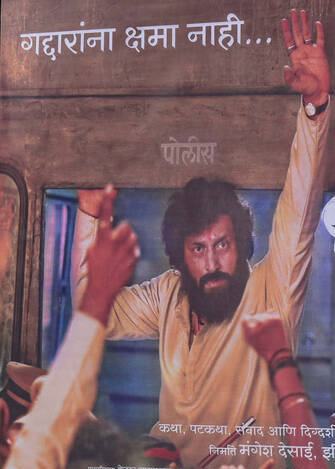
Language: marathi
Transcription: गद्यरांना पटकथा नाही... मंगेश आणि निमति देसाई. क्षमा पोलीस संवाद कथा